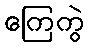
ကြေကွဲ